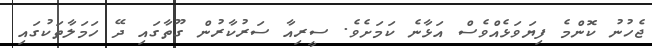
ޖެހުނު ކޮންމެ ފިޔަވަޅެއްވެސް އަޅާނެ ކަމަށެވެ. ސީރިއާ ސަރުކާރުން ގޫތާގައި ދޭ ހަމަލާތަކުގައި